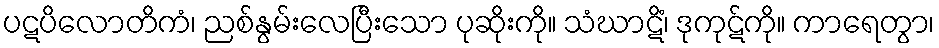
ပဋပိလောတိကံ၊ ညစ်နွမ်းလေပြီးသော ပုဆိုးကို။ သံဃာဋိံ၊ ဒုကုဋ်ကို။ ကာရေတွာ၊